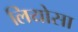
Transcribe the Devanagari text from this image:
लियोसा